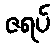
ဇရပ်